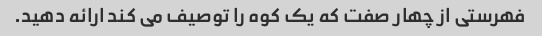
فهرستی از چهار صفت که یک کوه را توصیف می کند ارائه دهید.